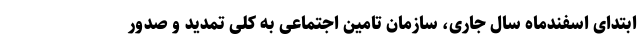
ابتدای اسفندماه سال جاری، سازمان تامین اجتماعی به کلی تمدید و صدور